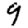
Digit: 9